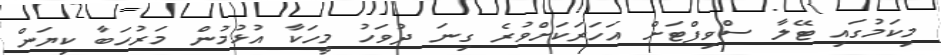
މިކަމުގައި ޓޭލާ ސްވިފްޓަށް އަހަރަކަށްވުރެ ގިނަ ދުވަހު މީހަކާ އުޅުމުން މަރުހަބާ ކިޔަން